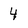
Character: 4